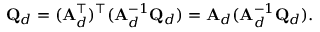
\mathbf { Q } _ { d } = ( \mathbf { A } _ { d } ^ { \top } ) ^ { \top } ( \mathbf { A } _ { d } ^ { - 1 } \mathbf { Q } _ { d } ) = \mathbf { A } _ { d } ( \mathbf { A } _ { d } ^ { - 1 } \mathbf { Q } _ { d } ) .